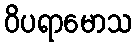
ဝိပရာမောသ